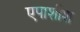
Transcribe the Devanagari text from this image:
एपाशीश